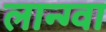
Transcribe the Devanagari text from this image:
लान्ग्वा